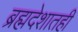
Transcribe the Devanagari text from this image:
ब्रह्मदेशातही